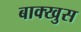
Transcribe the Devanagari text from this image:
बाक्खुस